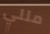
مللي